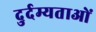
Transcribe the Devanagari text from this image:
दुर्दम्यताओं